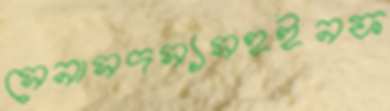
সেনাসদস্যসহইনফ